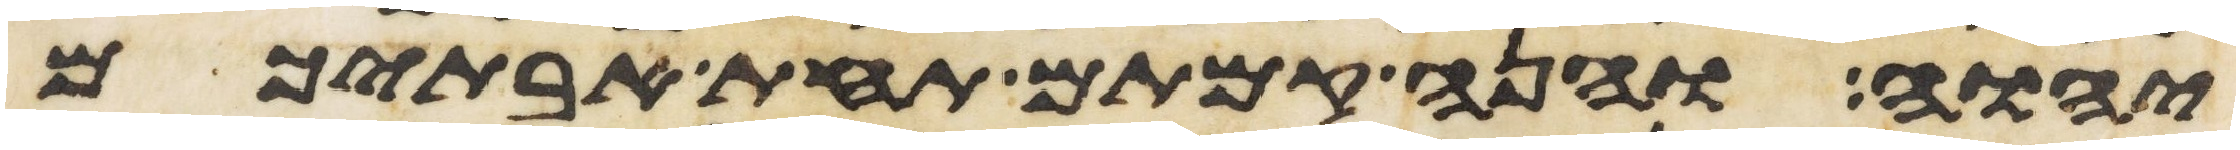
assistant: יהוה והנה קמתם תחת אבתיכם